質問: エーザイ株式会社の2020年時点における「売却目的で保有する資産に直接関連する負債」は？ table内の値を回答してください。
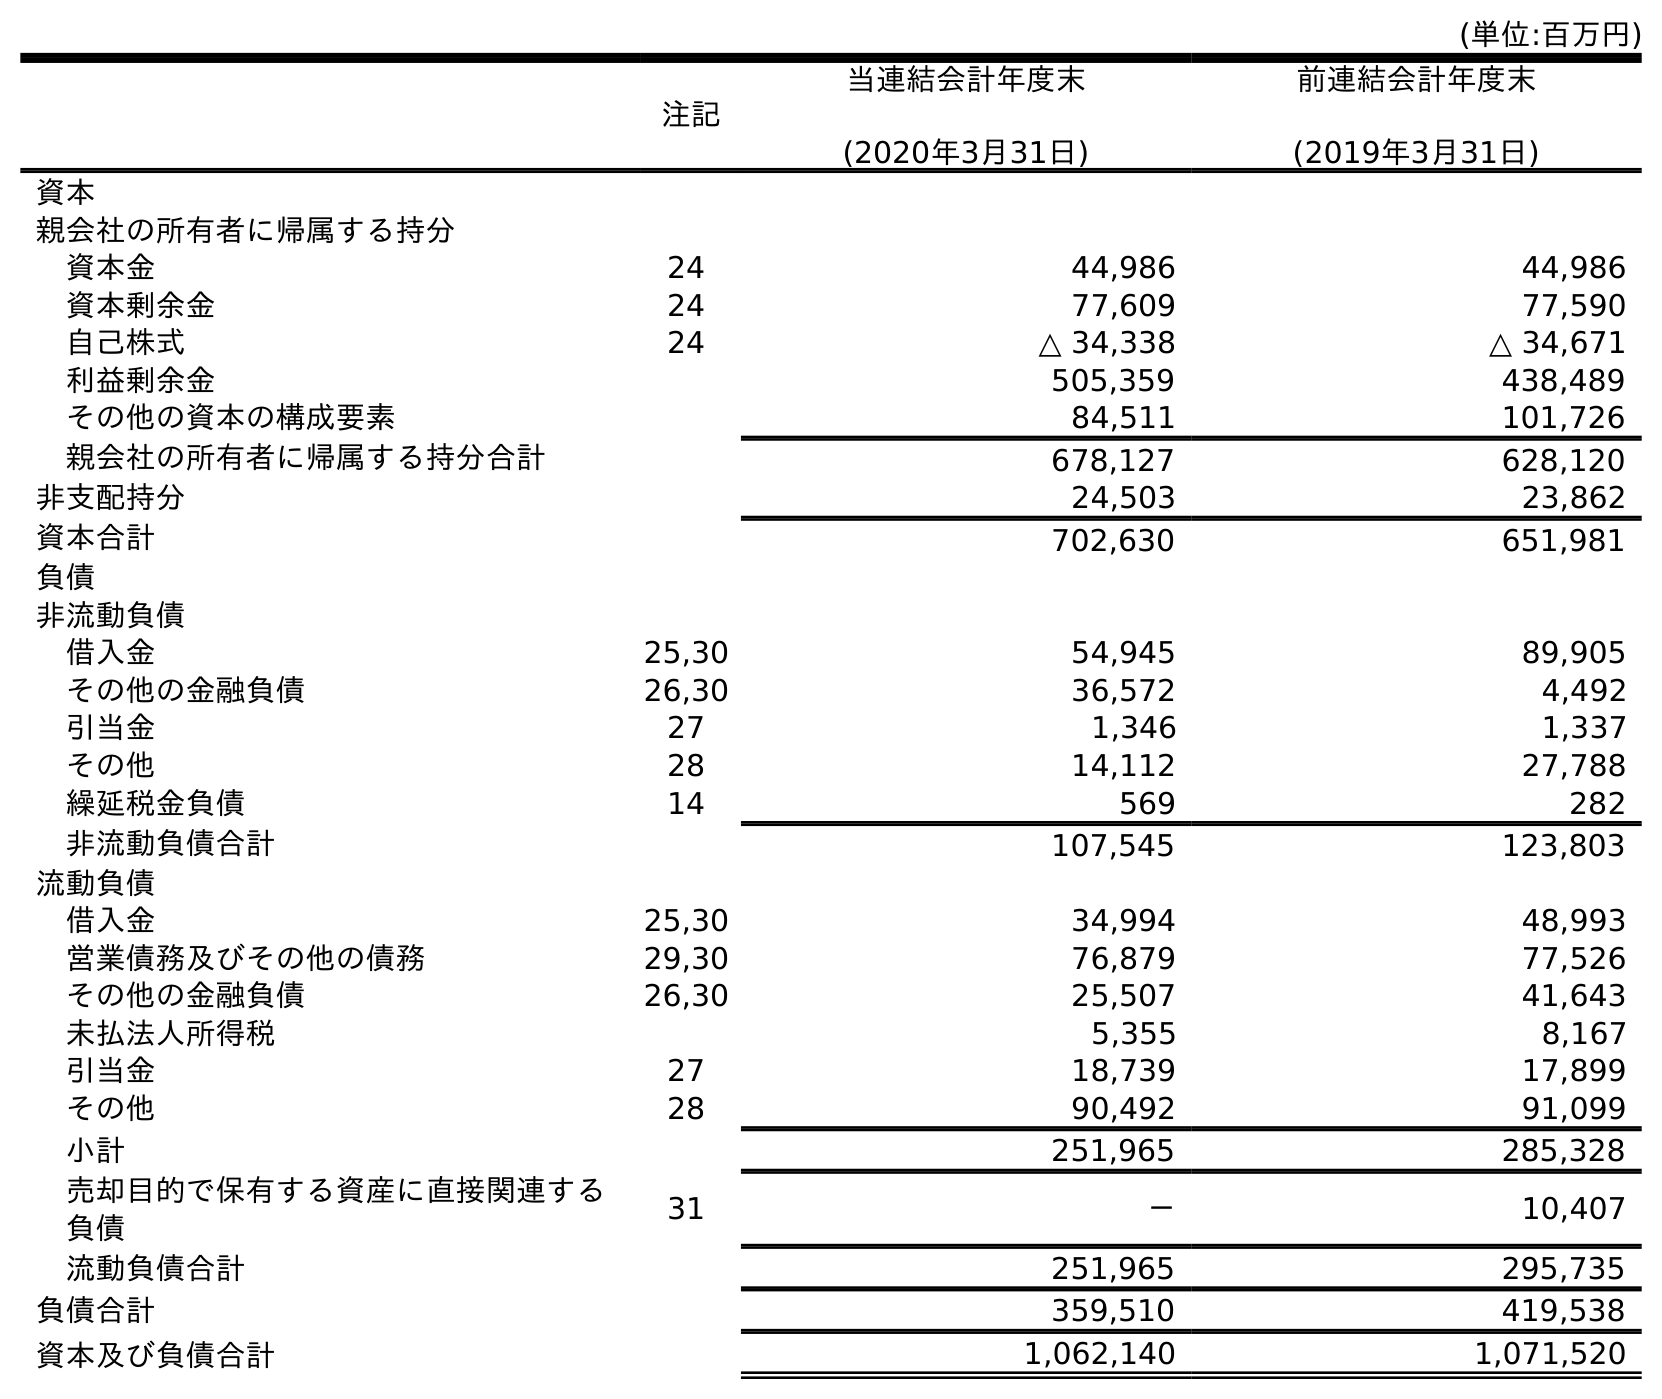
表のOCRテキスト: (単位:百万円) 注記 当連結会計年度末 (2020年3月31日) 前連結会計年度末 (2019年3月31日) 資本 親会社の所有者に帰属する持分 資本金 24 44,986 44,986 資本剰余金 24 77,609 77,590 自己株式 24 △ 34,338 △ 34,671 利益剰余金 505,359 438,489 その他の資本の構成要素 84,511 101,726 親会社の所有者に帰属する持分合計 678,127 628,120 非支配持分 24,503 23,862 資本合計 702,630 651,981 負債 非流動負債 借入金 25,30 54,945 89,905 その他の金融負債 26,30 36,572 4,492 引当金 27 1,346 1,337 その他 28 14,112 27,788 繰延税金負債 14 569 282 非流動負債合計 107,545 123,803 流動負債 借入金 25,30 34,994 48,993 営業債務及びその他の債務 29,30 76,879 77,526 その他の金融負債 26,30 25,507 41,643 未払法人所得税 5,355 8,167 引当金 27 18,739 17,899 その他 28 90,492 91,099 小計 251,965 285,328 売却目的で保有する資産に直接関連する 負債 31 － 10,407 流動負債合計 251,965 295,735 負債合計 359,510 419,538 資本及び負債合計 1,062,140 1,071,520
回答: －